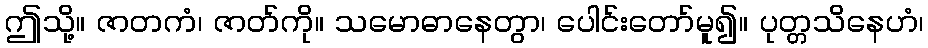
ဤသို့။ ဇာတကံ၊ ဇာတ်ကို။ သမောဓာနေတွာ၊ ပေါင်းတော်မူ၍။ ပုတ္တသိနေဟံ၊